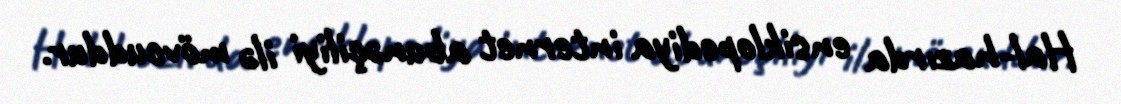
Hal-hazırda ensiklopediya internet abunəçiliyi ilə mövcuddur.